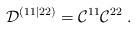
\begin{align*}{\cal D}^{(11|22)}= {\cal C}^{11} {\cal C}^{22} \; .\end{align*}